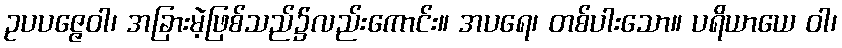
ဥပပဇ္ဇေဝါ၊ အခြားမဲ့ဖြစ်သည်၌လည်းကောင်း။ အပရေ၊ တစ်ပါးသော။ ပရိယာယေ ဝါ၊